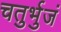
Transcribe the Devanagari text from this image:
चतुर्भुजं